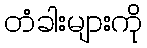
တံခါးများကို